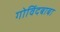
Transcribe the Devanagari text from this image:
गोविंदबाबा